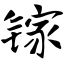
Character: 镓